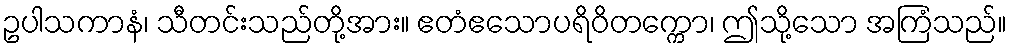
ဥပါသကာနံ၊ သီတင်းသည်တို့အား။ ဧတံဧသောပရိဝိတက္ကော၊ ဤသို့သော အကြံသည်။